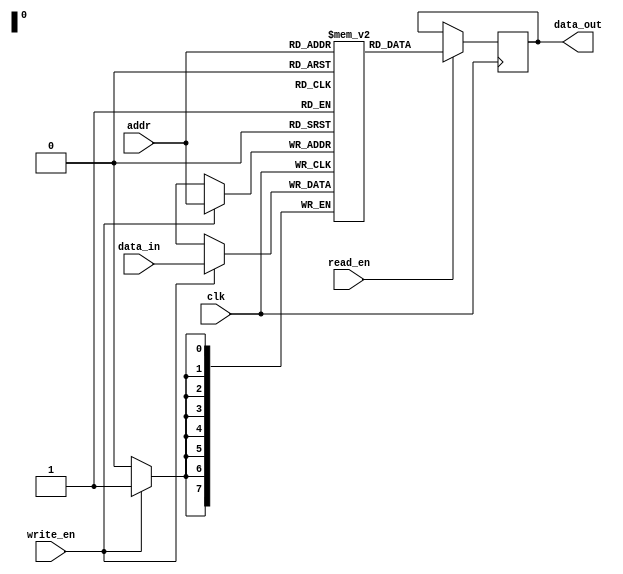
module sram (
  input wire clk,              // Clock signal
  input wire read_en,          // Read enable signal
  input wire write_en,         // Write enable signal
  input wire [n_addr-1:0] addr, // Address input
  input wire [n_data-1:0] data_in, // Data input
  output reg [n_data-1:0] data_out // Data output
);

// Parameters
parameter n_addr = 8; // Number of address bits
parameter n_data = 8; // Number of data bits

// Memory array declaration
reg [n_data-1:0] mem [0:2**n_addr-1];

// Address decoder
reg [n_data-1:0] read_data;

always @ (posedge clk) begin
  if (read_en) begin
    read_data <= mem[addr];
  end
end

always @ (posedge clk) begin
  if (write_en) begin
    mem[addr] <= data_in;
  end
end

// Data input/output buffers
assign data_out = read_data;

endmodule